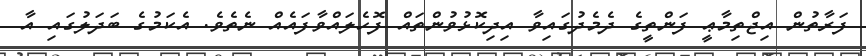
ފަރާތުން އިޖްތިމާޢީ ފަންތީގެ ދެމެދުގައިވާ އިދިކޮޅުވުންތައް ފޮހެލައްވާފައެއް ނެތެވެ. އެކަމުގެ ބަދަލުގައި އާ